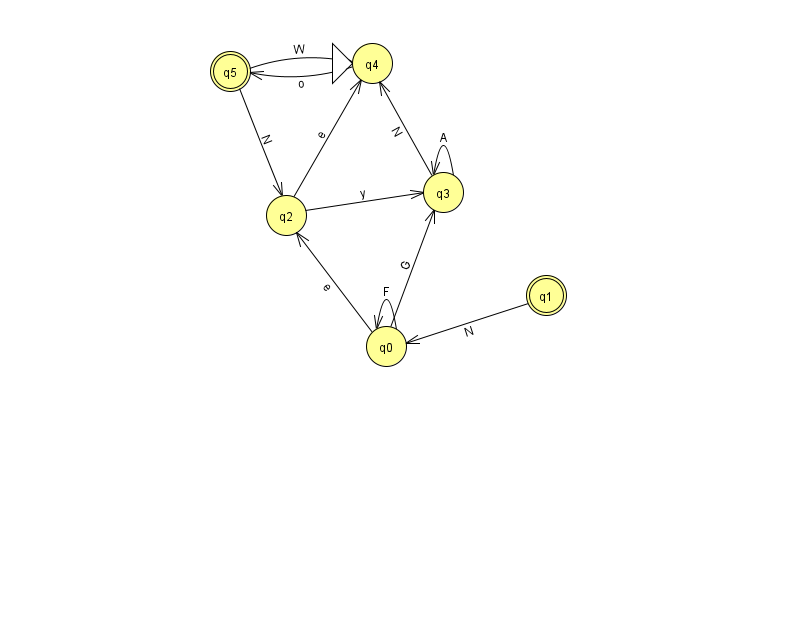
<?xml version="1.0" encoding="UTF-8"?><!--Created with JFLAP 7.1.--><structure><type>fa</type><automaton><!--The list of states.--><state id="0" name="q0"><x>386.0</x><y>333.0</y></state><state id="1" name="q1"><x>546.0</x><y>282.0</y><final/></state><state id="2" name="q2"><x>286.0</x><y>202.0</y></state><state id="3" name="q3"><x>443.0</x><y>179.0</y></state><state id="4" name="q4"><x>372.0</x><y>50.0</y><initial/></state><state id="5" name="q5"><x>230.0</x><y>58.0</y><final/></state><!--The list of transitions.--><transition><from>4</from><to>5</to><read>o</read></transition><transition><from>3</from><to>3</to><read>A</read></transition><transition><from>2</from><to>3</to><read>y</read></transition><transition><from>5</from><to>2</to><read>N</read></transition><transition><from>0</from><to>0</to><read>F</read></transition><transition><from>3</from><to>4</to><read>N</read></transition><transition><from>0</from><to>3</to><read>G</read></transition><transition><from>2</from><to>4</to><read>e</read></transition><transition><from>5</from><to>4</to><read>W</read></transition><transition><from>1</from><to>0</to><read>N</read></transition><transition><from>0</from><to>2</to><read>e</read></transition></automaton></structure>